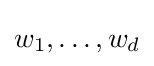
w_{1},\ldots ,w_{d}